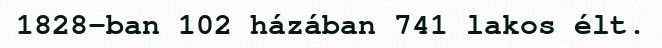
1828-ban 102 házában 741 lakos élt.